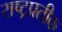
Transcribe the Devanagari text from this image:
राष्ट्रप्रतीक